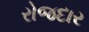
રોજદાર